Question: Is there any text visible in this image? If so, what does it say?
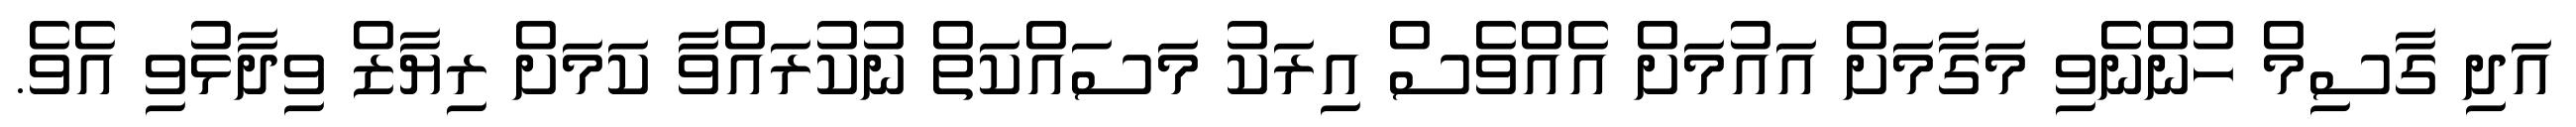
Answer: އަދި ގާސިމް ހުންނެވި މަގާމަށް އައުމަށް އެއްވެސް އިރަކު މަސައްކަތް ނުކުރައްވާ ކަމަށް ރިޔާޒް ވިދާޅުވި އެވެ.